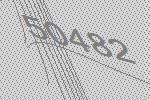
50482